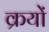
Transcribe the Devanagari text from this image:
क्रयों